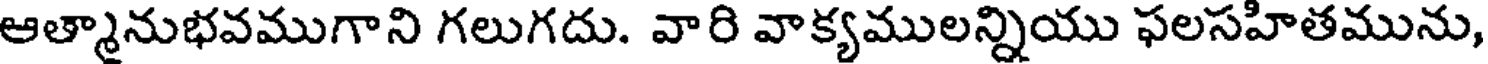
ఆత్మానుభవముగాని గలుగదు. వారి వాక్యములన్నియు ఫలసహితమును,